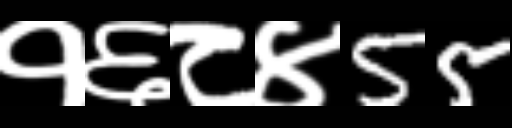
Text: १६८४55